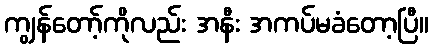
ကျွန်တော့်ကိုလည်း အနီး အကပ်မခံတော့ပြီ။